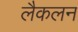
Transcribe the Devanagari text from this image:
लैकलन